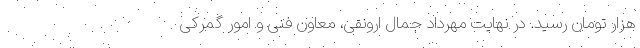
هزار تومان رسید. در نهایت مهرداد جمال ارونقی، معاون فنی و امور گمرکی